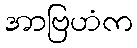
အာဗြဟံက